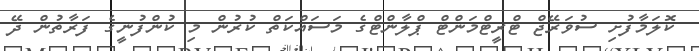
ކޮލަމާފުށި ސުވަރޭޖް ޓްރީޓްމަންޓް ޕްލާންޓްގެ މަސަައްކަތް ކުރުން މި ކުންފުނީގެ ފަރާތުން ދޭ